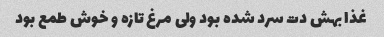
غذا بهش دت سرد شده بود ولی مرغ تازه و خوش طمع بود